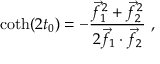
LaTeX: \coth ( 2 t _ { 0 } ) = - { \frac { { \vec { f } } _ { 1 } ^ { \, 2 } + { \vec { f } } _ { 2 } ^ { \, 2 } } { 2 { \vec { f } } _ { 1 } \cdot { \vec { f } } _ { 2 } } } \ ,